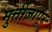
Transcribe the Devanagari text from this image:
मुर्तीजापूर